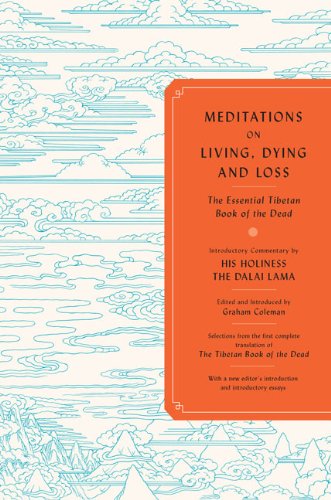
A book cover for Meditations on Living, Dying, and Loss: The Essential Tibetan Book of the Dead; Religion & Spirituality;